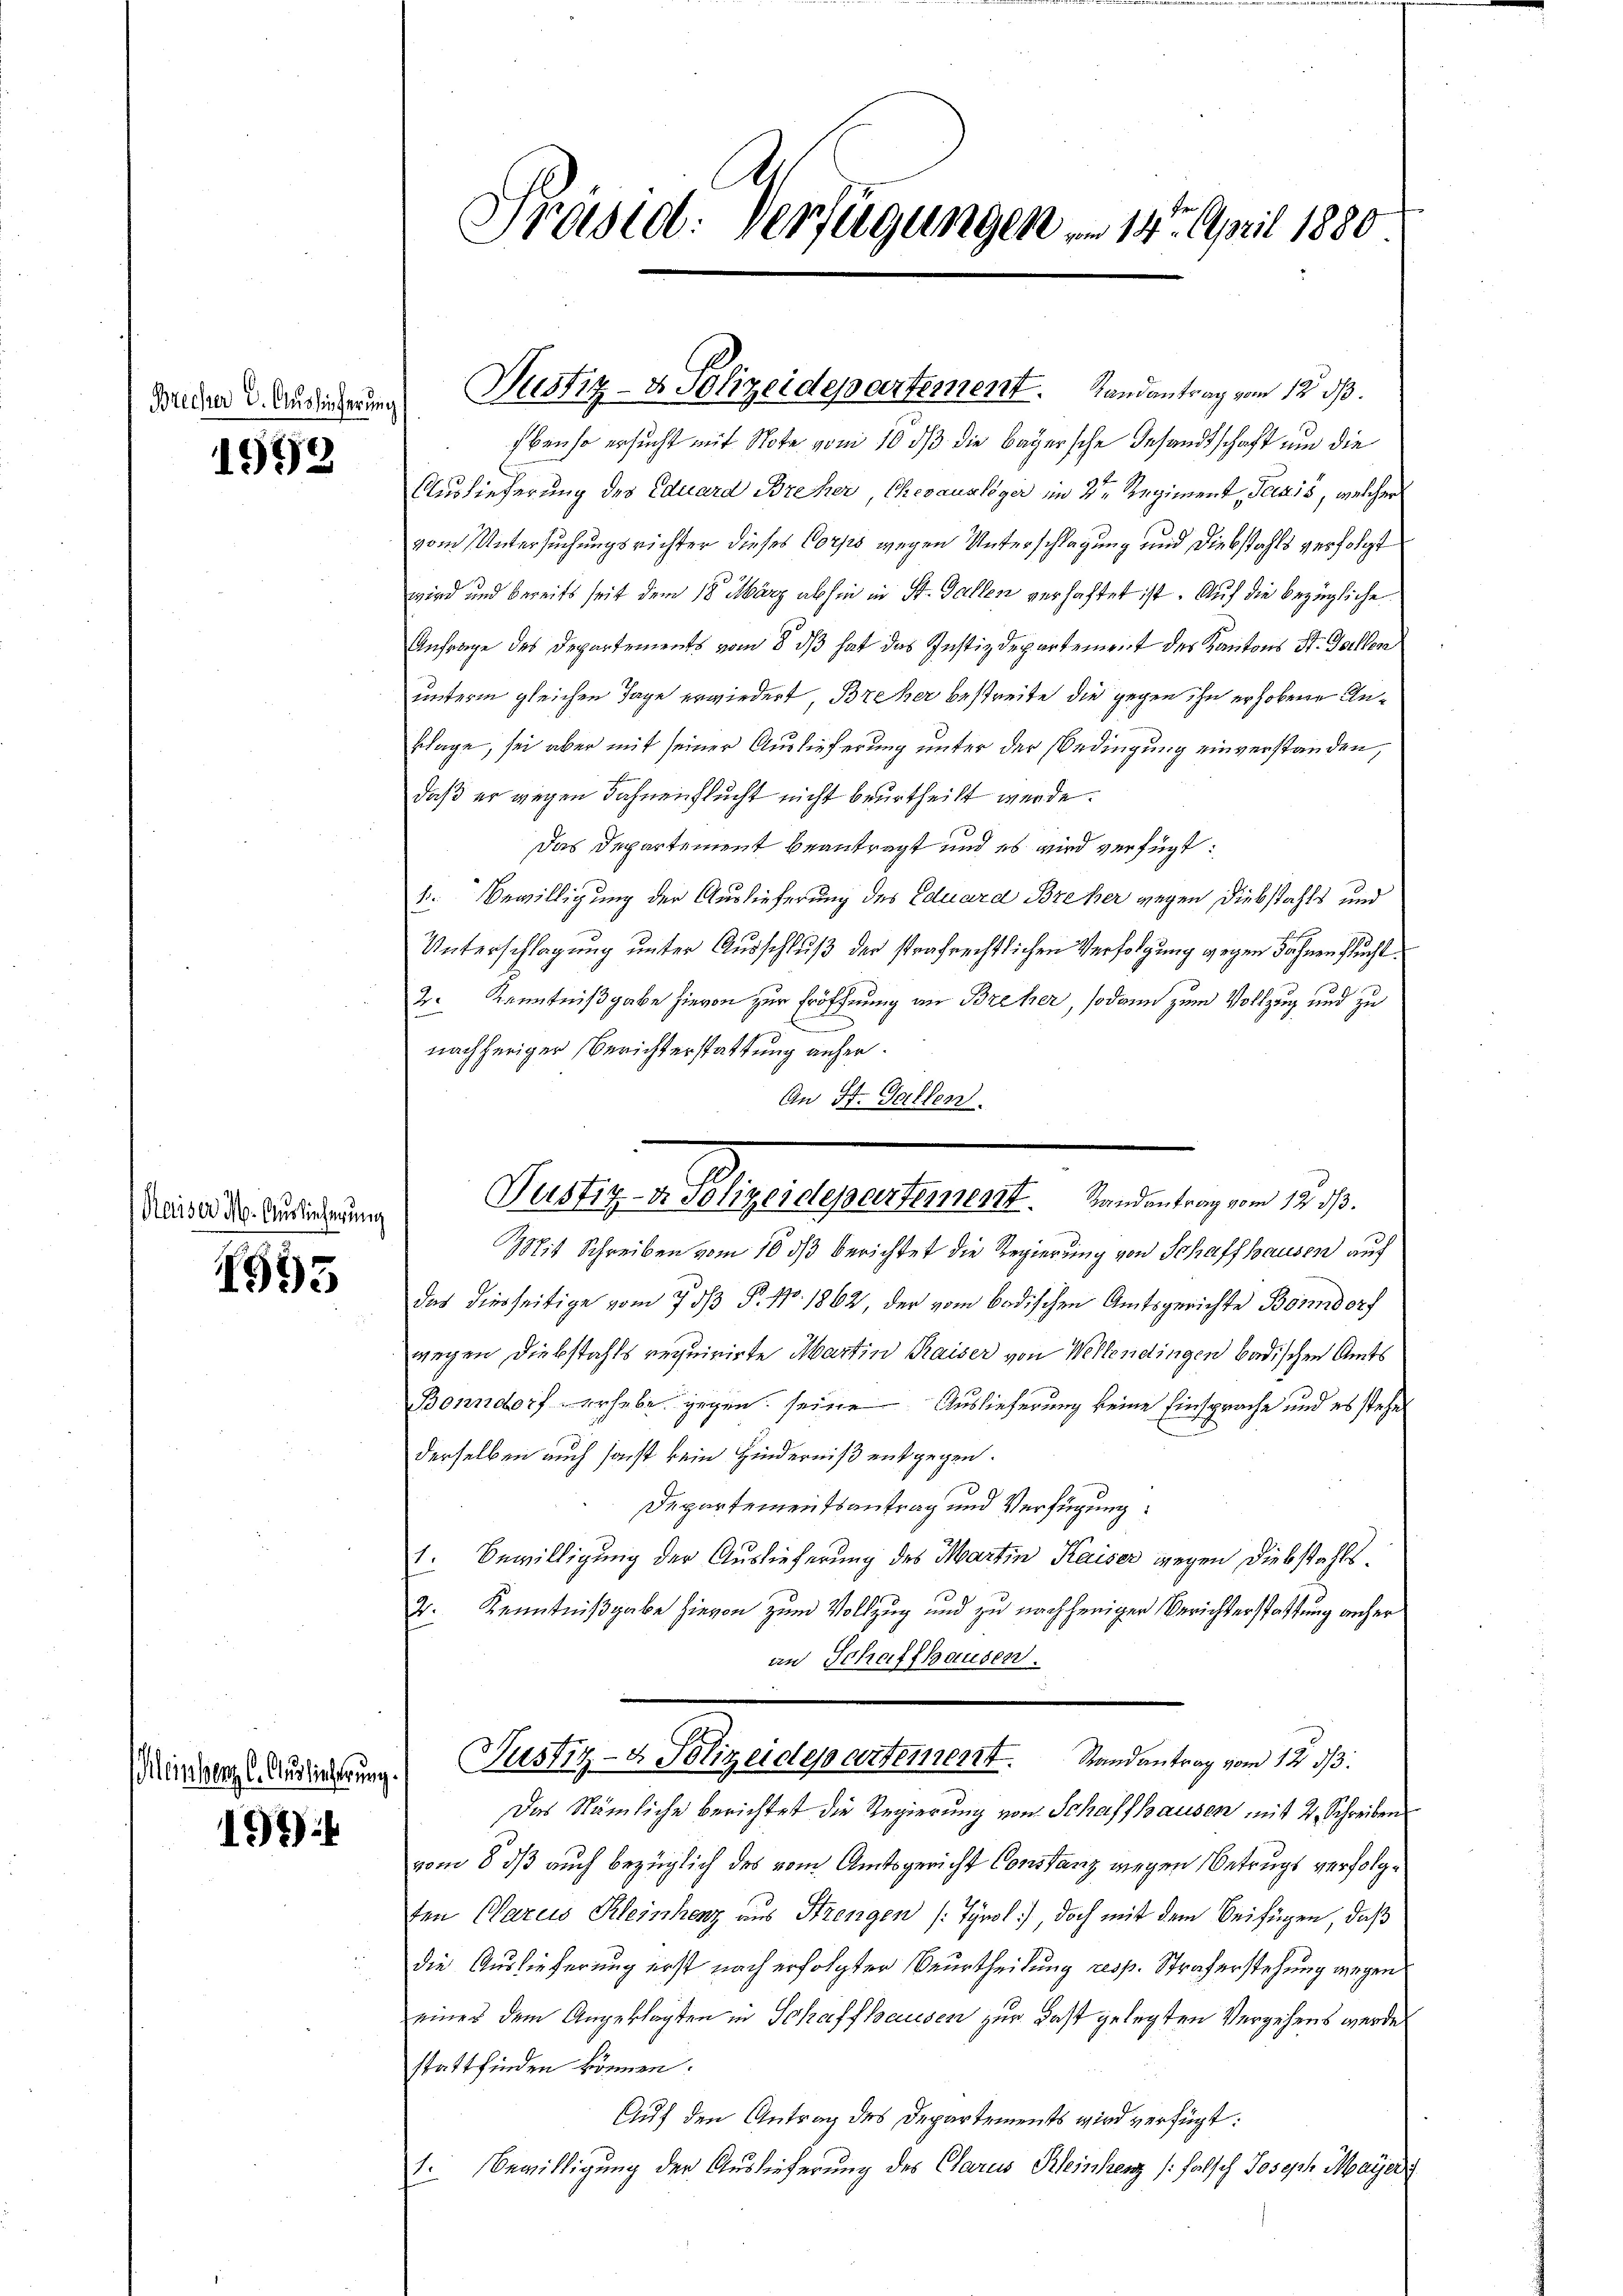
Brecher 2. Aussicherung

1998

Maiser M. Auslieferung

1995

Kleinherz l. Auslieferung.

194)

Präsid. Verfügungen 14. April 1880

Ebenso ersucht mit Note vom 10 dß die bayersche Gesandtschaft um die
Auslieferung der Eduard Breher, Chevauslöger im 2ten Regiment, Paris, welcher
vom Untersuchungsrichter dieses Corps wegen Unterschlagung und Diebstahls verfolgt
wird und bereits seit dem 18. März abhin in St. Gallen verhaftet ist. Auf die bezügliche
Anfrage des Departements vom 8. ds hat das Justizdepartement des Kantons St. Gallen
unterm gleichen Tage erwiedert, Breher bestreite die gegen ihn erhobene Unklage, sei aber mit seiner Auslieferung unter der Bedingung einverstanden,
daß er wegen Fahnenflucht nicht beurtheilt werde.
Das Departement beantragt und es wird verfügt:
1. Bewilligung der Auslieferung des Eduard Breher gegen Diebstahls und
Unterschlagung unter Ausschluß der strafrechtlichen Verfolgung gegen Söhnen flucht
2. Kenntnißgabe hievon zur Eröffnung an Breher, sodann zum Vollzug und zu
E
nachheriger Berichterstattung anher¬
An St. Gallen.
Mit Schreiben vom 16 ds berichtet die Regierung von Schaffhausen auf
Das Dierseitige vom 7. ds P. Nr. 1862, der vom badischen Amtsgerichte Bonndorf
wegen Diebstahls requirirte Martin Kaiser von Wellendingen badischen Amts
Bonndorf erhebe gegen seine Auslieferung keine Einsprache und es stehe
derselben auch sonst kein Hinderniß entgegen.
Departementsantrag und Verfügung:
1. Bewilligung der Auslieferung des Martin Kaiser gegen Diebstahls¬
2. Kenntnißgabe hievon zum Vollzug und zu nachheriger Berichterstattung anher
an Schaffhausen.
Justiz- & Polizeidepartement. Randantrag vom 12. ds.
Das Nämliche berichtet die Regierung von Schaffhausen mit 2 Schreiben
vom 8. ds auch bezüglich des vom Amtsgericht Constanz wegen Betrugs verfolgten Carus Kleinhenz aus Strengen /: Tyrol :) doch mit dem Beifügen, daß
die Auslieferung erst nach erfolgter Beurtheilung resp. Straferstehung wegen
eines dem Angeklagten in Schaffhausen zur Fast gelegten Vergehens werde
stattfinden können.
Auf den Antrag des Departements wird verfügt:
1. Bewilligung der Auslieferung des Glarus Kleinherz /: falsch Joseph Maÿer

Justiz- & Polizeidepartement. Randantrag vom 12. ds.

Selten gegenstratet, eine er¬